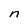
Character: n